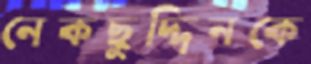
নেকছুদ্দিনকে